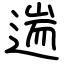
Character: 遄